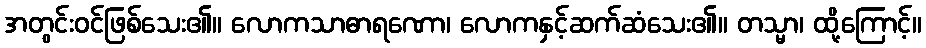
အတွင်းဝင်ဖြစ်သေး၏။ လောကသာဓာရဏော၊ လောကနှင့်ဆက်ဆံသေး၏။ တသ္မာ၊ ထို့ကြောင့်။